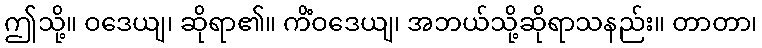
ဤသို့။ ဝဒေယျ၊ ဆိုရာ၏။ ကိံဝဒေယျ၊ အဘယ်သို့ဆိုရာသနည်း။ တာတာ၊